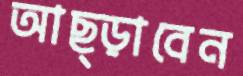
আছ্‌ড়াবেন